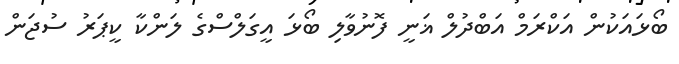
ބޯޅައަކުން އަކްރަމް އަބްދުލް ޣަނީ ފޮނުވާލި ބޯޅަ އީގަލްސްގެ ލަންކާ ކީޕަރު ސުޖަން